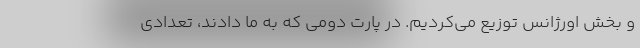
و بخش اورژانس توزیع می‌کردیم. در پارت دومی که به ما دادند، تعدادی